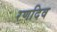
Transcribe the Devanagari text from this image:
रणदिव